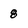
Character: 8